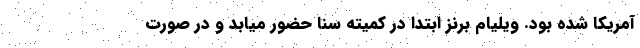
آمریکا شده بود. ویلیام برنز ابتدا در کمیته سنا حضور میابد و در صورت